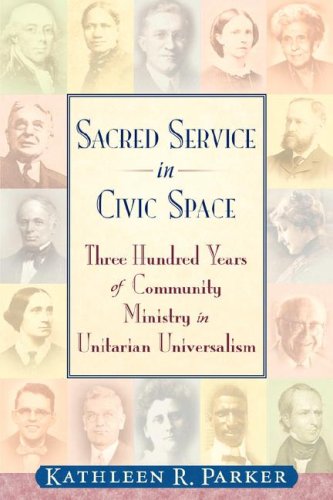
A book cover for Sacred Service in Civic Space: Three Hundred Years of Community Ministry in Unitarian Universalism; Kathleen R. Parker; Religion & Spirituality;